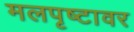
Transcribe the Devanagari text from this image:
मलपृष्टावर